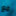
مع